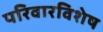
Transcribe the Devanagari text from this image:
परिवारविशेष